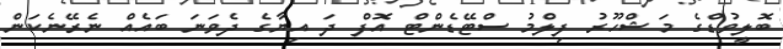
ބޮލީވުޑްގެ މަޝްހޫރު ފިލްމު ސްޓޭޑެންޓް އޮފް ދަ އިޔާގެ ދެވަނަ ބައެއް ނެރޭނެކަން